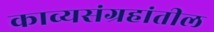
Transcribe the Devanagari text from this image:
काव्यसंग्रहांतील